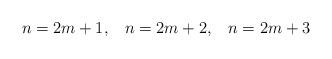
LaTeX: \begin{align*}n = 2m+1, \hspace{10pt} n=2m+2, \hspace{10pt} n=2m+3\end{align*}